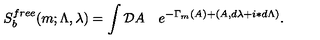
S _ { b } ^ { f r e e } ( m ; \Lambda , \lambda ) = \int { \cal D } A \quad e ^ { - \Gamma _ { m } ( A ) + ( A , d \lambda + i \ast d \Lambda ) } .